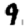
Digit: 9